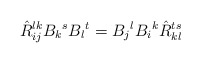
\begin{align*} \hat{R}^{lk}_{ij}B_k{}^sB_l{}^t=B_j{}^lB_i{}^k \hat{R}^{ts}_{kl}\end{align*}